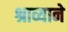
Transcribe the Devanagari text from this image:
श्राव्याने